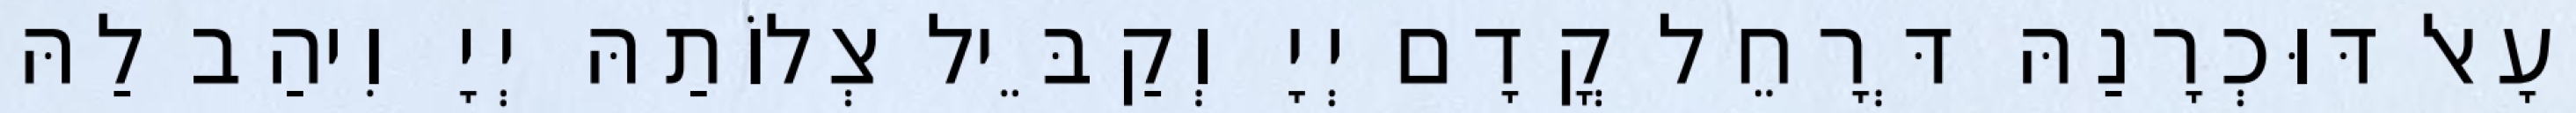
וְעָאל דּוּכְרָנַהּ דְּרָחֵל קֳדָם יְיָ וְקַבֵּיל צְלוֹתַהּ יְיָ וִיהַב לַהּ